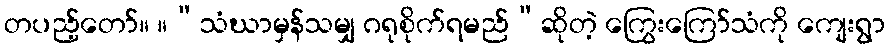
တပည့်တော်။ ။“သံဃာမှန်သမျှ ဂရုစိုက်ရမည်”ဆိုတဲ့ ကြွေးကြော်သံကို ကျေးရွာ